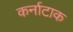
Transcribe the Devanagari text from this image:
कर्नाटाक